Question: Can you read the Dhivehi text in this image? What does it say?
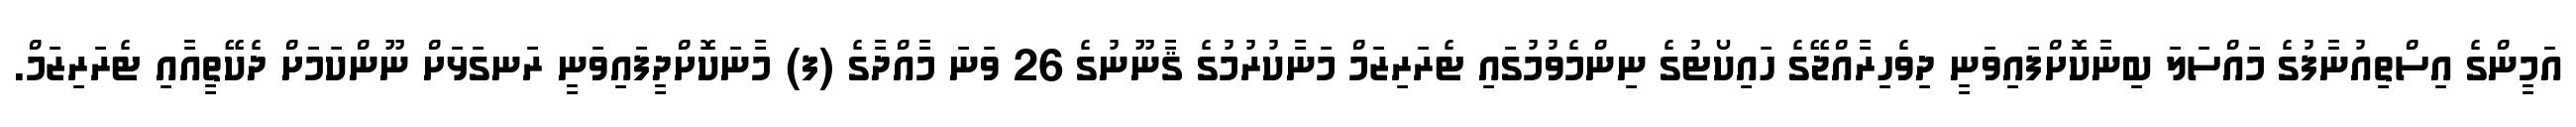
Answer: އަމީންގެ އިސްތިއުނާފުގެ މައްސަލަ ބިނާކޮށްފައިވަނީ ދިވެހިރާއްޖޭގެ ހައިކޯޓުގެ ނިންމެވުމުގައި ޓެރަރިޒަމް މަނާކުރުމުގެ ޤާނޫނުގެ 26 ވަނަ މާއްދާގެ (ފ) މާނަކޮށްދީފައިވަނީ ރަނގަޅަށް ނޫންކަމަށް ދެކޭތީއާއި ޓެރަރިޒަމް.